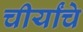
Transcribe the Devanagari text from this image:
चीर्यांचे